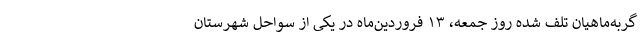
گربه‌ماهیان تلف شده روز جمعه، ۱۳ فروردین‌ماه در یکی از سواحل شهرستان